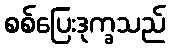
စစ်ပြေးဒုက္ခသည်